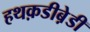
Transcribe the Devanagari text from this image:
हथक़डीब़ेडी